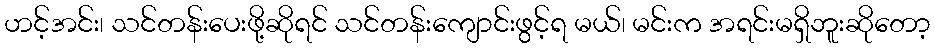
ဟင့်အင်း၊ သင်တန်းပေးဖို့ဆိုရင် သင်တန်းကျောင်းဖွင့်ရ မယ်၊ မင်းက အရင်းမရှိဘူးဆိုတော့